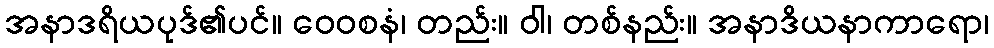
အနာဒရိယပုဒ်၏ပင်။ ဝေဝစနံ၊ တည်း။ ဝါ၊ တစ်နည်း။ အနာဒိယနာကာရော၊